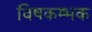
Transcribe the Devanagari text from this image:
विषकम्भक